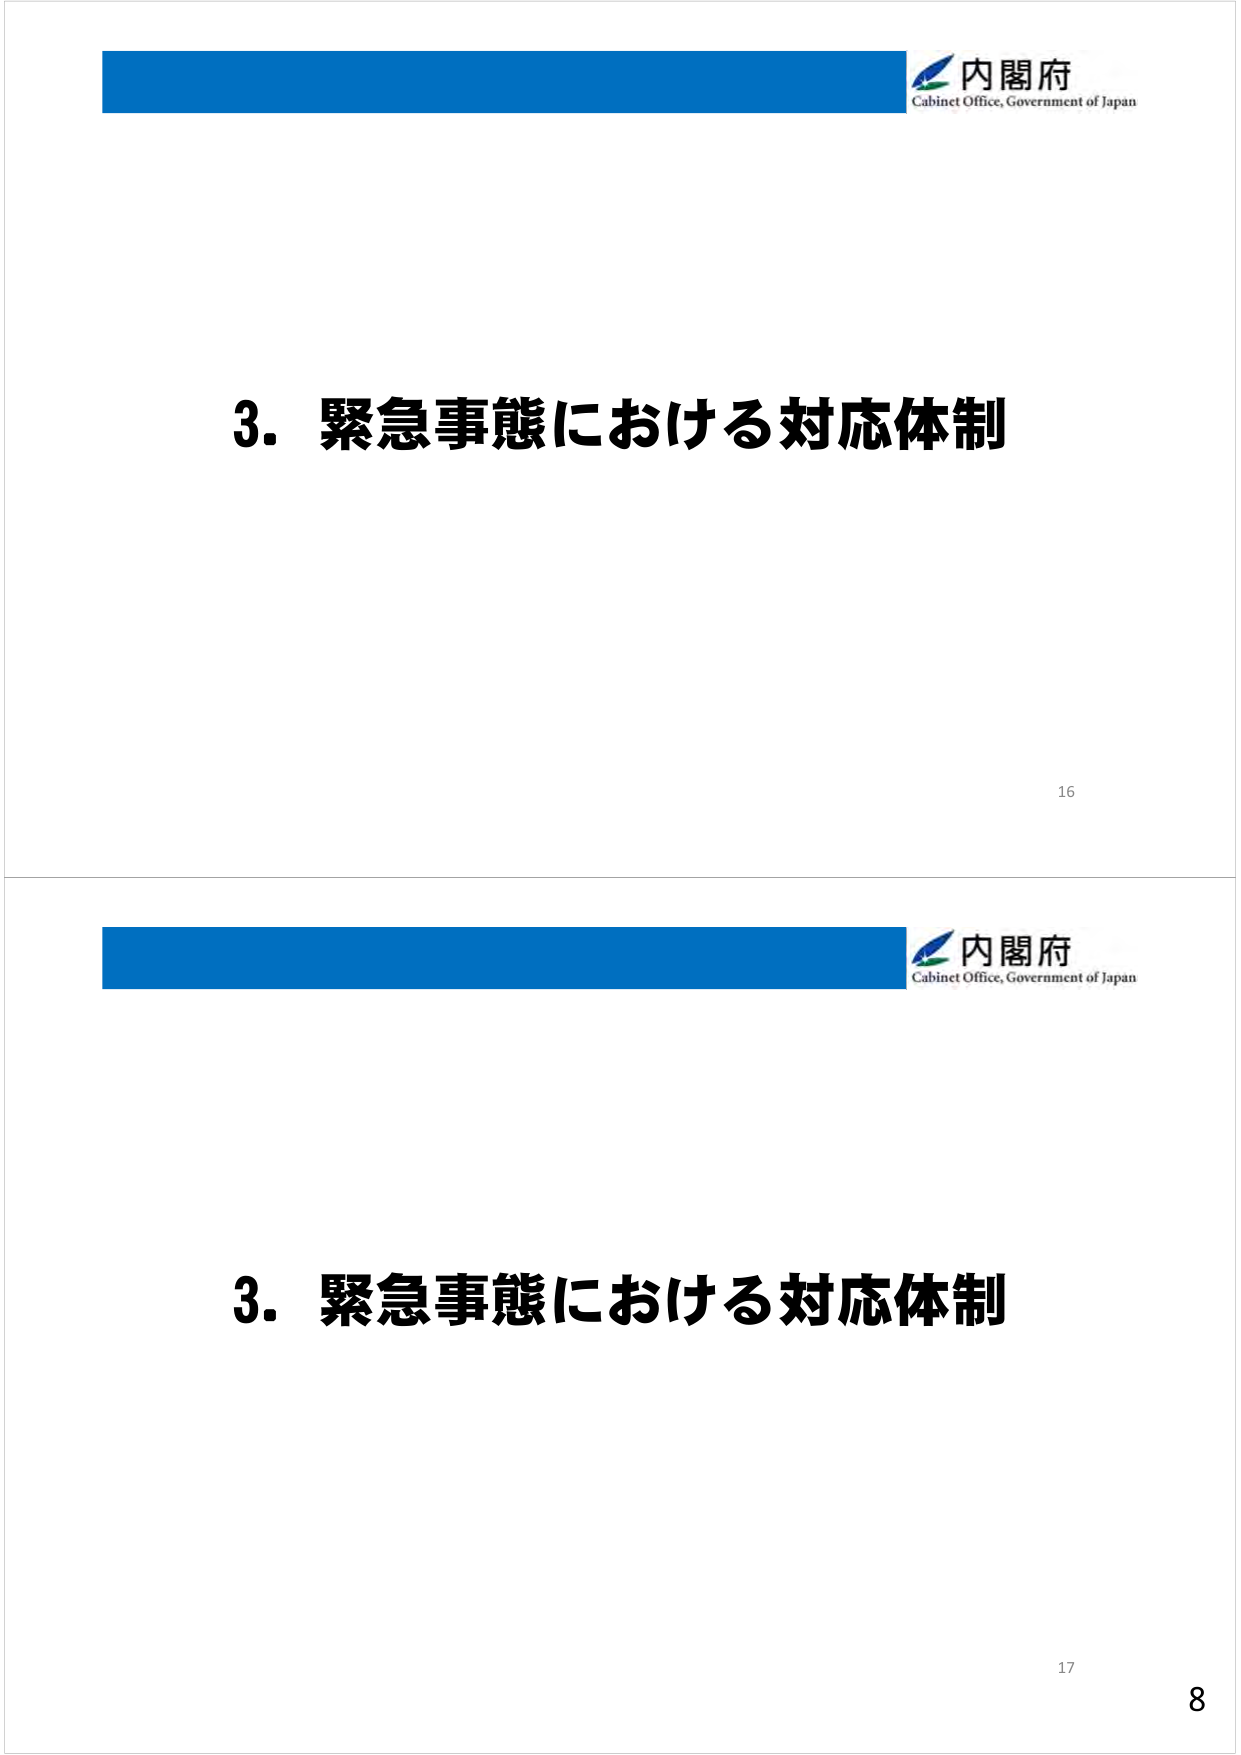
内閣府
Cabinet Office, Government of Japan

3. 緊急事態における対応体制

16

内閣府
Cabinet Office, Government of Japan

3. 緊急事態における対応体制

17
8